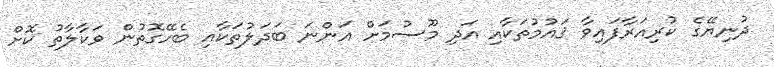
ދުނިޔޭގެ ކުރިއަރާފައިވާ ޤައުމުތަކާއި އަދި މޫސުމަށް އަންނަ ބަދަލުތަކާއި ބެހޭގޮތުން ވަކާލާތު ކޮށް